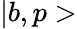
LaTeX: |b,p>